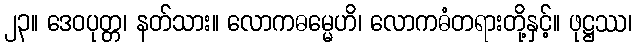
၂၃။ ဒေဝပုတ္တ၊ နတ်သား။ လောကဓမ္မေဟိ၊ လောကဓံတရားတို့နှင့်။ ဖုဋ္ဌဿ၊